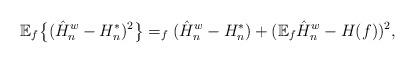
LaTeX: \begin{align*}\mathbb{E}_f\bigl\{(\hat{H}_n^w - H_n^*)^2\bigr\} = _f( \hat{H}_n^w - H_n^*) + ( \mathbb{E}_f \hat{H}_n^w - H(f))^2,\end{align*}